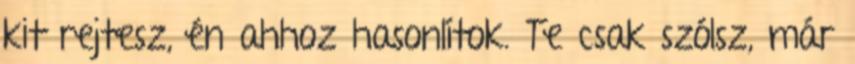
kit rejtesz, én ahhoz hasonlítok. Te csak szólsz, már